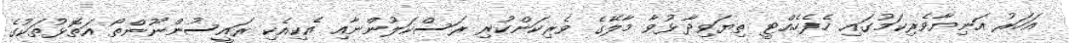
އަހަރު އަނިޔާވެރިކަމުގައި ހެފެހެއްޓީ ތިޔަވިދާޅުވާ މާލޭގެ ވެރިކަންކުރި ރަސްކަލުންނާއި އެކިއެކި ރައީސުންނޫންތޯ އަތޮޅުތަކުގެ